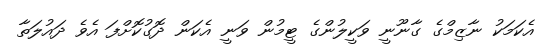
އެކަމަކު ނާޒިމްގެ ގާނޫނީ ވަކީލުންގެ ޓީމުން ވަނީ އެކަން ދޮގުކޮށްފަ އެވެ ދައުލަތާ